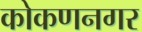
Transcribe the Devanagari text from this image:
कोकणनगर